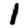
Digit: 1